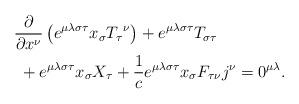
LaTeX: \begin{align*}& \frac{\partial}{\partial x^{\nu}}\left( e^{\mu\lambda\sigma\tau}x_{\sigma}T_{\tau}{}^{\nu}\right) +e^{\mu\lambda\sigma\tau}T_{\sigma\tau}\\& \ +e^{\mu\lambda\sigma\tau}x_{\sigma}X_{\tau}{}+\frac{1}{c}e^{\mu\lambda\sigma\tau}x_{\sigma}F_{\tau\nu}j^{\nu}=0^{\mu\lambda}.\end{align*}